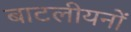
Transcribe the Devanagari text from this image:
बाटलीयनों